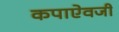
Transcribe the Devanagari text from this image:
कपाऐवजी